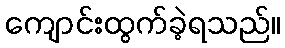
ကျောင်းထွက်ခဲ့ရသည်။